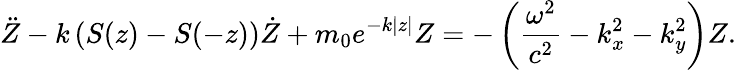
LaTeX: \ddot{Z}-k\left(S(z)-S(-z)\right)\dot{Z}+m_{0}e^{-k|z|}Z=-\left(\frac{\omega^{2}}{c^{2}}-k_{x}^{2}-k_{y}^{2}\right)Z.